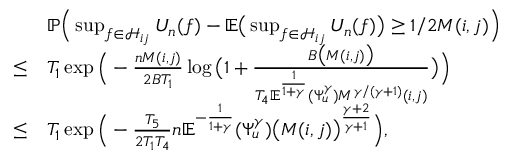
\begin{array} { r l } & { \mathbb { P } \Big ( \operatorname* { s u p } _ { f \in \mathcal { H } _ { i j } } U _ { n } ( f ) - \mathbb { E } \big ( \operatorname* { s u p } _ { f \in \mathcal { H } _ { i j } } U _ { n } ( f ) \big ) \geq 1 / 2 M ( i , j ) \Big ) } \\ { \leq } & { T _ { 1 } \exp \Big ( - \frac { n M ( i , j ) } { 2 B T _ { 1 } } \log \big ( 1 + \frac { B \big ( M ( i , j ) \big ) } { T _ { 4 } \mathbb { E } ^ { \frac { 1 } { 1 + \gamma } } ( \Psi _ { u } ^ { \gamma } ) M ^ { \gamma / ( \gamma + 1 ) } ( i , j ) } \big ) \Big ) } \\ { \leq } & { T _ { 1 } \exp \Big ( - \frac { T _ { 5 } } { 2 T _ { 1 } T _ { 4 } } n \mathbb { E } ^ { - \frac { 1 } { 1 + \gamma } } ( \Psi _ { u } ^ { \gamma } ) \big ( M ( i , j ) \big ) ^ { \frac { \gamma + 2 } { \gamma + 1 } } \Big ) , } \end{array}